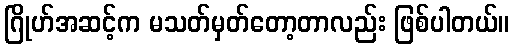
ဂြိုဟ်အဆင့်က မသတ်မှတ်တော့တာလည်း ဖြစ်ပါတယ်။